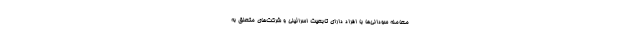
معامله سودانی‌ها با افراد دارای تابعیت اسرائیلی و شرکت‌های متعلق به